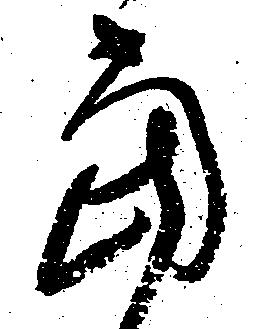
当